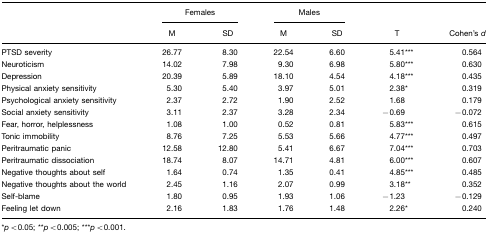
|  | <COLSPAN=2> Females | <COLSPAN=2> Males |  |  |
 |  | M | SD | M | SD | T | Cohen's d |
 | --- | --- | --- | --- | --- | --- | --- |
 | PTSD severity | 26.77 | 8.30 | 22.54 | 6.60 | 5.41*** | 0.564 |
 | Neuroticism | 14.02 | 7.98 | 9.30 | 6.98 | 5.80*** | 0.630 |
 | Depression | 20.39 | 5.89 | 18.10 | 4.54 | 4.18*** | 0.435 |
 | Physical anxiety sensitivity | 5.30 | 5.40 | 3.97 | 5.01 | 2.38* | 0.319 |
 | Psychological anxiety sensitivity | 2.37 | 2.72 | 1.90 | 2.52 | 1.68 | 0.179 |
 | Social anxiety sensitivity | 3.11 | 2.37 | 3.28 | 2.34 | −0.69 | −0.072 |
 | Fear, horror, helplessness | 1.08 | 1.00 | 0.52 | 0.81 | 5.83*** | 0.615 |
 | Tonic immobility | 8.76 | 7.25 | 5.53 | 5.66 | 4.77*** | 0.497 |
 | Peritraumatic panic | 12.58 | 12.80 | 5.41 | 6.67 | 7.04*** | 0.703 |
 | Peritraumatic dissociation | 18.74 | 8.07 | 14.71 | 4.81 | 6.00*** | 0.607 |
 | Negative thoughts about self | 1.64 | 0.74 | 1.35 | 0.41 | 4.85*** | 0.485 |
 | Negative thoughts about the world | 2.45 | 1.16 | 2.07 | 0.99 | 3.18** | 0.352 |
 | Self-blame | 1.80 | 0.95 | 1.93 | 1.06 | −1.23 | −0.129 |
 | Feeling let down | 2.16 | 1.83 | 1.76 | 1.48 | 2.26* | 0.240 |